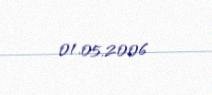
01.05.2006